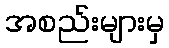
အစည်းများမှ